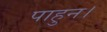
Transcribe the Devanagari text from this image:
पाहुन।